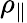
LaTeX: \rho_{\parallel}